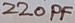
Text: 220PF